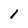
Character: 1